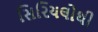
સિરિયલોથી